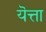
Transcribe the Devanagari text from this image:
यॆत्ता